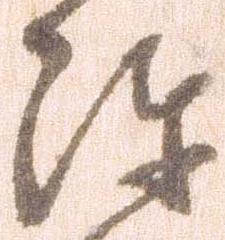
陣